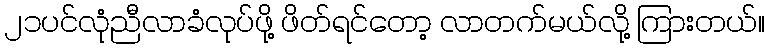
၂၁ပင်လုံညီလာခံလုပ်ဖို့ ဖိတ်ရင်တော့ လာတက်မယ်လို့ ကြားတယ်။